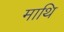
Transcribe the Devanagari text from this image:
माथि